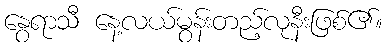
နွေရာသီ နေ့လယ်မွန်းတည့်လုနီးဖြစ်၏။